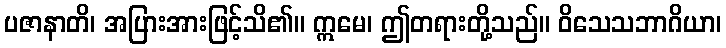
ပဇာနာတိ၊ အပြားအားဖြင့်သိ၏။ ဣမေ၊ ဤတရားတို့သည်။ ဝိသေသဘာဂိယာ၊